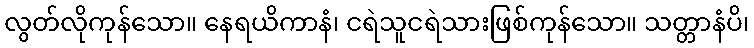
လွတ်လိုကုန်သော။ နေရယိကာနံ၊ ငရဲသူငရဲသားဖြစ်ကုန်သော။ သတ္တာနံပိ၊